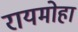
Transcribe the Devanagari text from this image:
रायमोहा